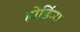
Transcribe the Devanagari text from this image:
होर्डिन्ग